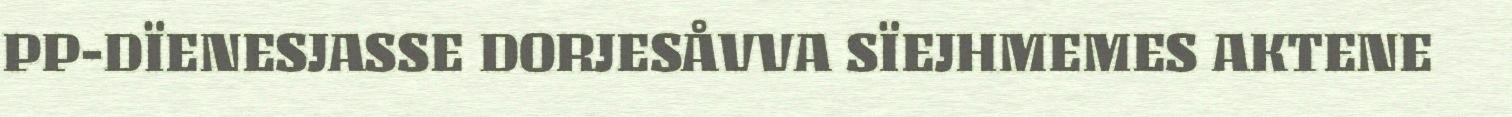
PP-DÏENESJASSE DORJESÅVVA SÏEJHMEMES AKTENE